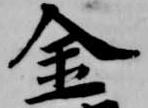
金